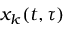
x _ { k } ( t , \tau )